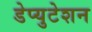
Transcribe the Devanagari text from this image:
डेप्युटेशन